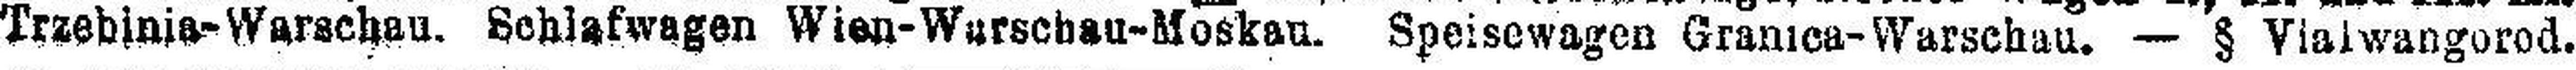
Trebinia-Warschau. Schlafwagen Wien-Wurschau-Moskau. Speisewagen Granica-Warschau. — § Vialwangorod.